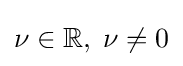
\nu \in \mathbb {R} ,\;\nu \neq 0